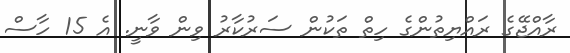
ރާއްޖޭގެ ރައްޔިތުންގެ ހިތް ތަކުން ސަރުކާރު ވިން ވާނީ. އެ 15 ހާސް